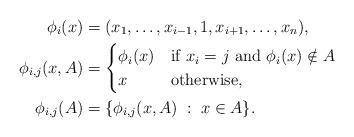
LaTeX: \begin{align*}\phi_i(x)&=(x_1,\dots,x_{i-1},1,x_{i+1},\dots,x_n),\\\phi_{i,j}(x,A)&=\begin{cases}\phi_i(x)&\mbox{if }x_i=j\mbox{ and }\phi_i(x)\notin A\\x&\mbox{otherwise,}\end{cases}\\\phi_{i,j}(A)&=\{\phi_{i,j}(x,A)\; :\; x\in A\}.\end{align*}